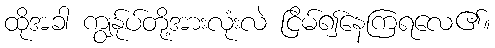
ထိုအခါ ကျွန်ုပ်တို့အားလုံးလဲ ငြိမ်၍နေကြရလေ၏။